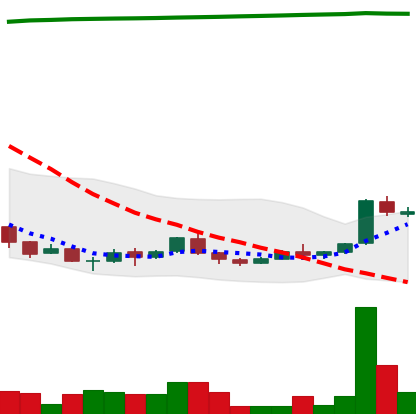
Ticker: ADA-USD
Chart end date: 2018-04-14
Forward return: 35.601%
Label: up_7plus